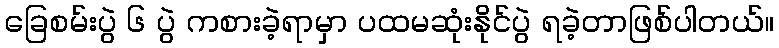
ခြေစမ်းပွဲ ၆ ပွဲ ကစားခဲ့ရာမှာ ပထမဆုံးနိုင်ပွဲ ရခဲ့တာဖြစ်ပါတယ်။